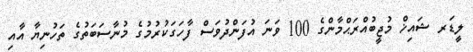
ލީޑަރ ޝައިޚް މުޖީބުއްރަޙްމާންގެ 100 ވަނަ އުފަންދުވަސް ފާހަގަކުރުމުގެ މުނާސަބަތުގެ ތަހުނިޔާ އާއި